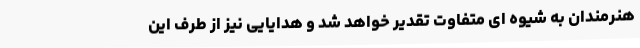
هنرمندان به شیوه ای متفاوت تقدیر خواهد شد و هدایایی نیز از طرف این